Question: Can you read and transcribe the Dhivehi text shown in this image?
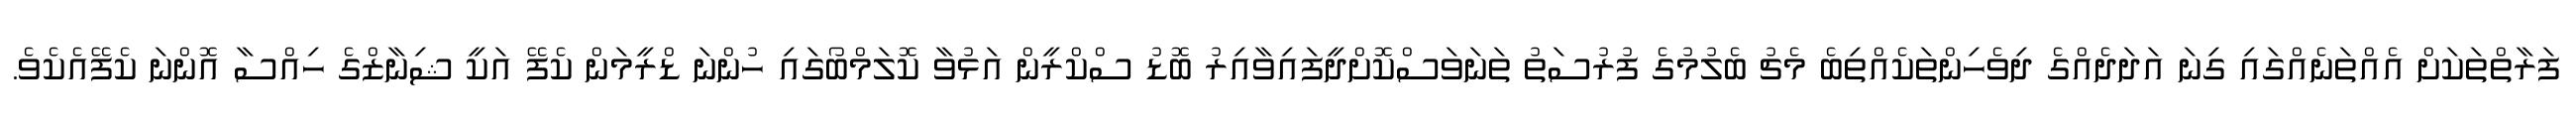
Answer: ފަރާތްތަކަށް އެއްތަނެއްގައި ގިނަ އަދަދެއްގެ ދިވެހިންތަކެއްތިބެ މެޗު ބެލުމުގެ ފުރުސަތު ތަނަވަސްކޮށްދީފައިވާއިރު ބޮޑު ސްކްރީން އަޅުވާ ކޮލަމްބޯގައި ހުންނަ ޑްރީމަން ކެފޭ އަކީ ޝިނާޒްގެ ހިއްސާ އޮންނަ ކެފޭއެކެވެ.